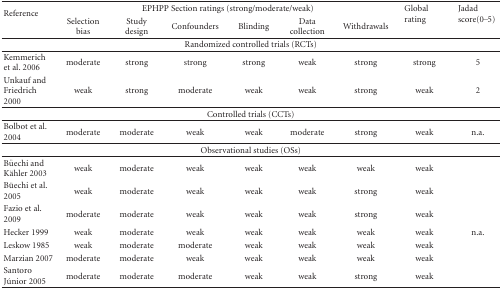
<table><thead><tr><td rowspan="2"><b>Reference</b></td><td colspan="6"><b>EPHPP Section ratings (strong/moderate/weak)</b></td><td rowspan="2"><b>Global rating</b></td><td rowspan="2"><b>Jadad score(0–5)</b></td></tr><tr><td><b>Selection bias</b></td><td><b>Study design</b></td><td><b>Confounders</b></td><td><b>Blinding</b></td><td><b>Data collection</b></td><td><b>Withdrawals </b></td></tr></thead><tbody><tr><td colspan="9">Randomized controlled trials (RCTs) </td></tr><tr><td>Kemmerich et al. 2006</td><td>moderate</td><td>strong</td><td>strong</td><td>strong</td><td>weak</td><td>strong</td><td>strong</td><td>5</td></tr><tr><td>Unkauf and Friedrich 2000</td><td>weak</td><td>strong</td><td>moderate</td><td>weak</td><td>weak</td><td>strong</td><td>weak</td><td>2</td></tr><tr><td colspan="9">Controlled trials (CCTs) </td></tr><tr><td>Bolbot et al. 2004</td><td>moderate</td><td>moderate</td><td>weak</td><td>weak</td><td>moderate</td><td>strong</td><td>weak</td><td>n.a. </td></tr><tr><td colspan="9">Observational studies (OSs) </td></tr><tr><td>Büechi and Kähler 2003</td><td>weak</td><td>moderate</td><td>weak</td><td>weak</td><td>weak</td><td>weak</td><td>weak</td><td></td></tr><tr><td>Büechi et al. 2005</td><td>weak</td><td>moderate</td><td>weak</td><td>weak</td><td>weak</td><td>strong</td><td>weak</td><td></td></tr><tr><td>Fazio et al. 2009</td><td>moderate</td><td>moderate</td><td>weak</td><td>weak</td><td>weak</td><td>strong</td><td>weak</td><td></td></tr><tr><td>Hecker 1999</td><td>weak</td><td>moderate</td><td>weak</td><td>weak</td><td>weak</td><td>weak</td><td>weak</td><td>n.a.</td></tr><tr><td>Leskow 1985</td><td>weak</td><td>moderate</td><td>moderate</td><td>weak</td><td>weak</td><td>weak</td><td>weak</td><td></td></tr><tr><td>Marzian 2007</td><td>moderate</td><td>moderate</td><td>weak</td><td>weak</td><td>weak</td><td>weak</td><td>weak</td><td></td></tr><tr><td>Santoro Júnior 2005</td><td>moderate</td><td>moderate</td><td>moderate</td><td>weak</td><td>weak</td><td>strong</td><td>weak</td><td></td></tr></tbody></table>